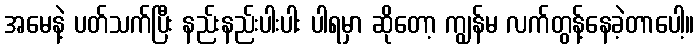
အမေနဲ့ ပတ်သက်ပြီး နည်းနည်းပါးပါး ပါရမှာ ဆိုတော့ ကျွန်မ လက်တွန့်နေခဲ့တာပေါ့။